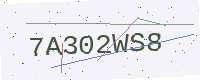
Text: 7A302WS8